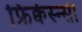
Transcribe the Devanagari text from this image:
फ्रिक्वेस्न्सी